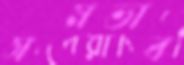
সমভাব